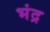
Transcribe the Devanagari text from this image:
भंद्र